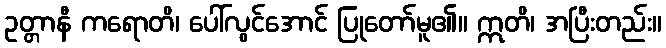
ဥတ္တာနီ ကရောတိ၊ ပေါ်လွင်အောင် ပြုတော်မူ၏။ ဣတိ၊ အပြီးတည်း။